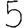
Digit: 5